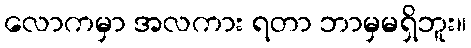
လောကမှာ အလကား ရတာ ဘာမှမရှိဘူး။